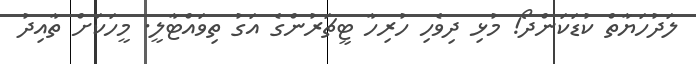
ލަދުހަޔާތް ކުޑަކަންދޯ! މުޅި ދިވެހި ހުރިހާ ޓީޗަރުންގެ އަގު ތިވައްޓާލީ. މީހަކަށް ތާއިދު